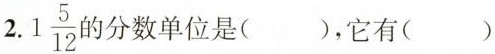
2.1\frac{5}{12} 的分数单位是( )，它有( )